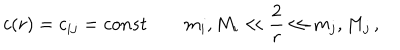
c ( r ) = c _ { i j } = c o n s t \qquad m _ { i } , M _ { i } \ll \frac { 2 } { r } \ll m _ { j } , M _ { j } \, ,